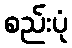
စည်းပုံ